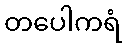
တပေါကရံ